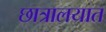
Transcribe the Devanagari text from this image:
छात्रालयात